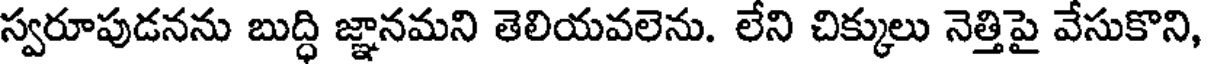
స్వరూపుడనను బుద్ధి జ్ఞానమని తెలియవలెను. లేని చిక్కులు నెత్తిపై వేసుకొని,